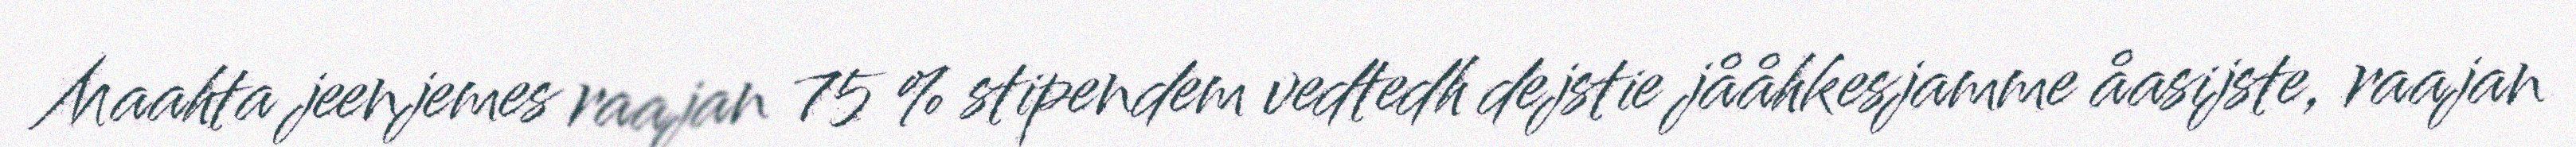
Maahta jeenjemes raajan 75 % stipendem vedtedh dejstie jååhkesjamme åasijste, raajan